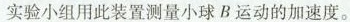
实验小组用此装置测量小球 B 运动的加速度。